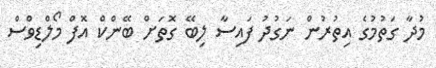
މުދާ ގަތުމުގެ އިތުރުން ނަގުދު ފައިސާ ލިބޭ ގޮތަށް ބޭންކް އޮފް މޯލްޑިވްސް